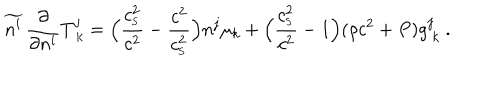
\widetilde { n ^ { i } } \, { \frac { \partial } { \partial n ^ { i } } } T _ { \ k } ^ { j } = \Big ( { \frac { c _ { _ \mathrm { S } } ^ { 2 } } { c ^ { 2 } } } - { \frac { c ^ { 2 } } { c _ { _ \mathrm { S } } ^ { 2 } } } \Big ) n ^ { j } \mu _ { k } + \Big ( { \frac { c _ { _ \mathrm { S } } ^ { 2 } } { c ^ { 2 } } } - 1 \Big ) ( \rho c ^ { 2 } + P ) g _ { \ k } ^ { j } \ .